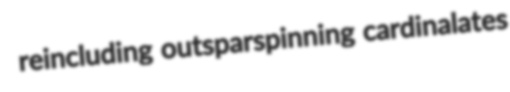
reincluding outsparspinning cardinalates